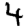
Digit: 4